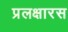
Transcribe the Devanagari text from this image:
प्रलक्षारस